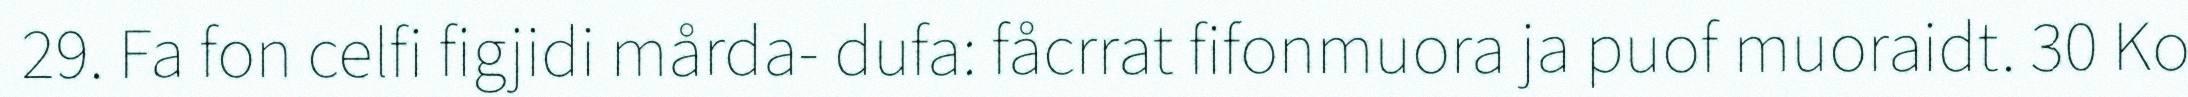
29. Fa fon celfi figjidi mårda- dufa: fåcrrat fifonmuora ja puof muoraidt. 30 Ko